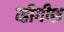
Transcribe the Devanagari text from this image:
व्हीगीश